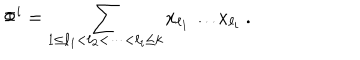
LaTeX: \Phi ^ { i } = \sum _ { 1 \leq \ell _ { 1 } < \ell _ { 2 } < \cdots < \ell _ { i } \leq k } x _ { \ell _ { 1 } } \ldots x _ { \ell _ { i } } ~ .